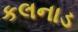
કલનાડ